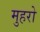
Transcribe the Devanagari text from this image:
मुहरो